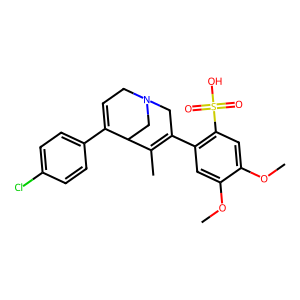
SMILES: COc1cc(C2=C(C)C3CN(CC=C3c3ccc(Cl)cc3)C2)c(S(=O)(=O)O)cc1OC
Inhibits HIV replication: No